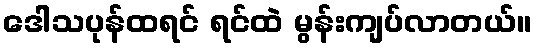
ဒေါသပုန်ထရင် ရင်ထဲ မွန်းကျပ်လာတယ်။